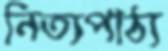
নিত্যপাঠ্য